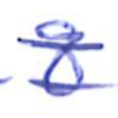
Text: 8
Cross-out: double-line
Writing tool: ballpoint